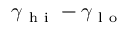
\gamma _ { \mathrm { ~ h ~ i ~ } } - \gamma _ { \mathrm { ~ l ~ o ~ } }